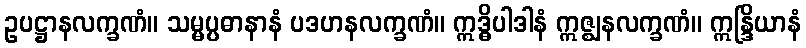
ဥပဋ္ဌာနလက္ခဏံ။ သမ္မပ္ပဓာနာနံ ပဒဟနလက္ခဏံ။ ဣဒ္ဓိပါဒါနံ ဣဇ္ဈနလက္ခဏံ။ ဣန္ဒြိယာနံ